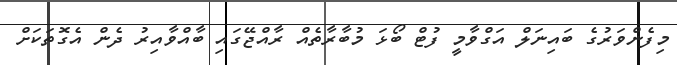
މިފެންވަރުގެ ބައިނަލް އަގްވާމީ ފުޓް ބޯޅަ މުބާރާތެއް ރާއްޖޭގައި ބާއްވާއިރު ދެން އެގޮތަކަށް